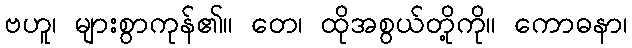
ဗဟူ၊ များစွာကုန်၏။ တေ၊ ထိုအစွယ်တို့ကို။ ကောဓနာ၊